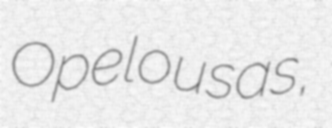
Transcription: Opelousas,